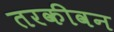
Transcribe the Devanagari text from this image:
तरकीवन